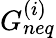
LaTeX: G_{neq}^{(i)}